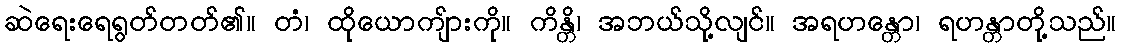
ဆဲရေးရေရွတ်တတ်၏။ တံ၊ ထိုယောကျ်ားကို။ ကိန္တိ၊ အဘယ်သို့လျင်။ အရဟန္တော၊ ရဟန္တာတို့သည်။